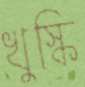
খুস্কি